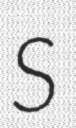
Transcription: S